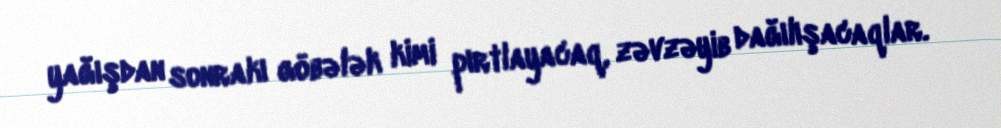
yağışdan sonrakı göbələk kimi pırtlayacaq, zəvzəyib dağılışacaqlar.